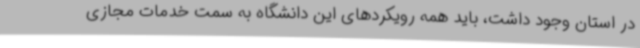
در استان وجود داشت، باید همه رویکردهای این دانشگاه به سمت خدمات مجازی